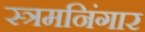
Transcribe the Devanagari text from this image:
स्त्रमनिंगार